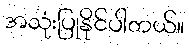
အသုံးပြုနိုင်ပါတယ်။